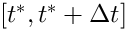
[ t ^ { * } , t ^ { * } + \Delta t ]